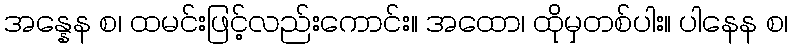
အန္နေန စ၊ ထမင်းဖြင့်လည်းကောင်း။ အထော၊ ထိုမှတစ်ပါး။ ပါနေန စ၊